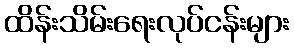
ထိန်းသိမ်းရေးလုပ်ငန်းများ